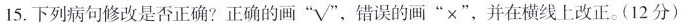
15.下列病句修改是否正确?正确的画” √" 错误的画”×”，并在横线上改正。(12分)